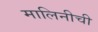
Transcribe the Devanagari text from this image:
मालिनीची